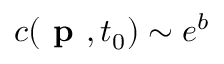
c ( \textbf { p } , t _ { 0 } ) \sim e ^ { b }